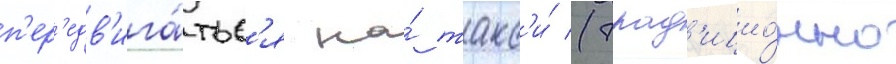
п'ер'едв'ига́тьс'я на́ такс'и́ (трад'ицио́нно